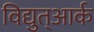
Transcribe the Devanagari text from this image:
विद्युत्आर्क